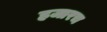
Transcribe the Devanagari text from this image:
हजारच